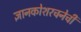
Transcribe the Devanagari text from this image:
ज्ञानकोशरचनेची